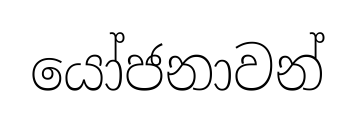
යෝජනාවන්